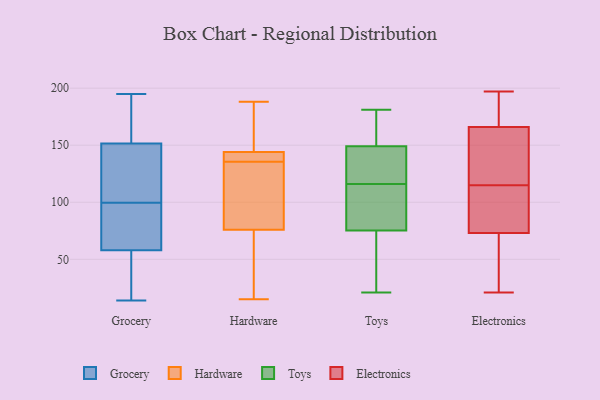
{"axis": {"x": "Waste Production (Tons)", "y": "Value"}, "legend": ["Electronics", "Grocery", "Hardware", "Toys"], "data": [{"x": "", "y": 14, "type": "Grocery"}, {"x": "", "y": 85, "type": "Grocery"}, {"x": "", "y": 63, "type": "Grocery"}, {"x": "", "y": 152, "type": "Grocery"}, {"x": "", "y": 151, "type": "Grocery"}, {"x": "", "y": 16, "type": "Grocery"}, {"x": "", "y": 145, "type": "Grocery"}, {"x": "", "y": 100, "type": "Grocery"}, {"x": "", "y": 195, "type": "Grocery"}, {"x": "", "y": 53, "type": "Grocery"}, {"x": "", "y": 74, "type": "Grocery"}, {"x": "", "y": 20, "type": "Grocery"}, {"x": "", "y": 151, "type": "Grocery"}, {"x": "", "y": 184, "type": "Grocery"}, {"x": "", "y": 159, "type": "Grocery"}, {"x": "", "y": 73, "type": "Grocery"}, {"x": "", "y": 38, "type": "Grocery"}, {"x": "", "y": 149, "type": "Grocery"}, {"x": "", "y": 99, "type": "Grocery"}, {"x": "", "y": 174, "type": "Grocery"}, {"x": "", "y": 188, "type": "Hardware"}, {"x": "", "y": 51, "type": "Hardware"}, {"x": "", "y": 15, "type": "Hardware"}, {"x": "", "y": 76, "type": "Hardware"}, {"x": "", "y": 36, "type": "Hardware"}, {"x": "", "y": 174, "type": "Hardware"}, {"x": "", "y": 104, "type": "Hardware"}, {"x": "", "y": 82, "type": "Hardware"}, {"x": "", "y": 144, "type": "Hardware"}, {"x": "", "y": 150, "type": "Hardware"}, {"x": "", "y": 142, "type": "Hardware"}, {"x": "", "y": 138, "type": "Hardware"}, {"x": "", "y": 133, "type": "Hardware"}, {"x": "", "y": 142, "type": "Hardware"}, {"x": "", "y": 161, "type": "Toys"}, {"x": "", "y": 94, "type": "Toys"}, {"x": "", "y": 110, "type": "Toys"}, {"x": "", "y": 129, "type": "Toys"}, {"x": "", "y": 117, "type": "Toys"}, {"x": "", "y": 179, "type": "Toys"}, {"x": "", "y": 50, "type": "Toys"}, {"x": "", "y": 79, "type": "Toys"}, {"x": "", "y": 125, "type": "Toys"}, {"x": "", "y": 181, "type": "Toys"}, {"x": "", "y": 96, "type": "Toys"}, {"x": "", "y": 146, "type": "Toys"}, {"x": "", "y": 116, "type": "Toys"}, {"x": "", "y": 150, "type": "Toys"}, {"x": "", "y": 60, "type": "Toys"}, {"x": "", "y": 48, "type": "Toys"}, {"x": "", "y": 21, "type": "Toys"}, {"x": "", "y": 169, "type": "Toys"}, {"x": "", "y": 74, "type": "Toys"}, {"x": "", "y": 128, "type": "Electronics"}, {"x": "", "y": 33, "type": "Electronics"}, {"x": "", "y": 76, "type": "Electronics"}, {"x": "", "y": 50, "type": "Electronics"}, {"x": "", "y": 149, "type": "Electronics"}, {"x": "", "y": 90, "type": "Electronics"}, {"x": "", "y": 76, "type": "Electronics"}, {"x": "", "y": 83, "type": "Electronics"}, {"x": "", "y": 174, "type": "Electronics"}, {"x": "", "y": 178, "type": "Electronics"}, {"x": "", "y": 64, "type": "Electronics"}, {"x": "", "y": 21, "type": "Electronics"}, {"x": "", "y": 172, "type": "Electronics"}, {"x": "", "y": 115, "type": "Electronics"}, {"x": "", "y": 136, "type": "Electronics"}, {"x": "", "y": 164, "type": "Electronics"}, {"x": "", "y": 197, "type": "Electronics"}]}